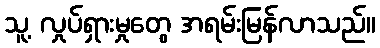
သူ့ လှုပ်ရှားမှုတွေ အရမ်းမြန်လာသည်။